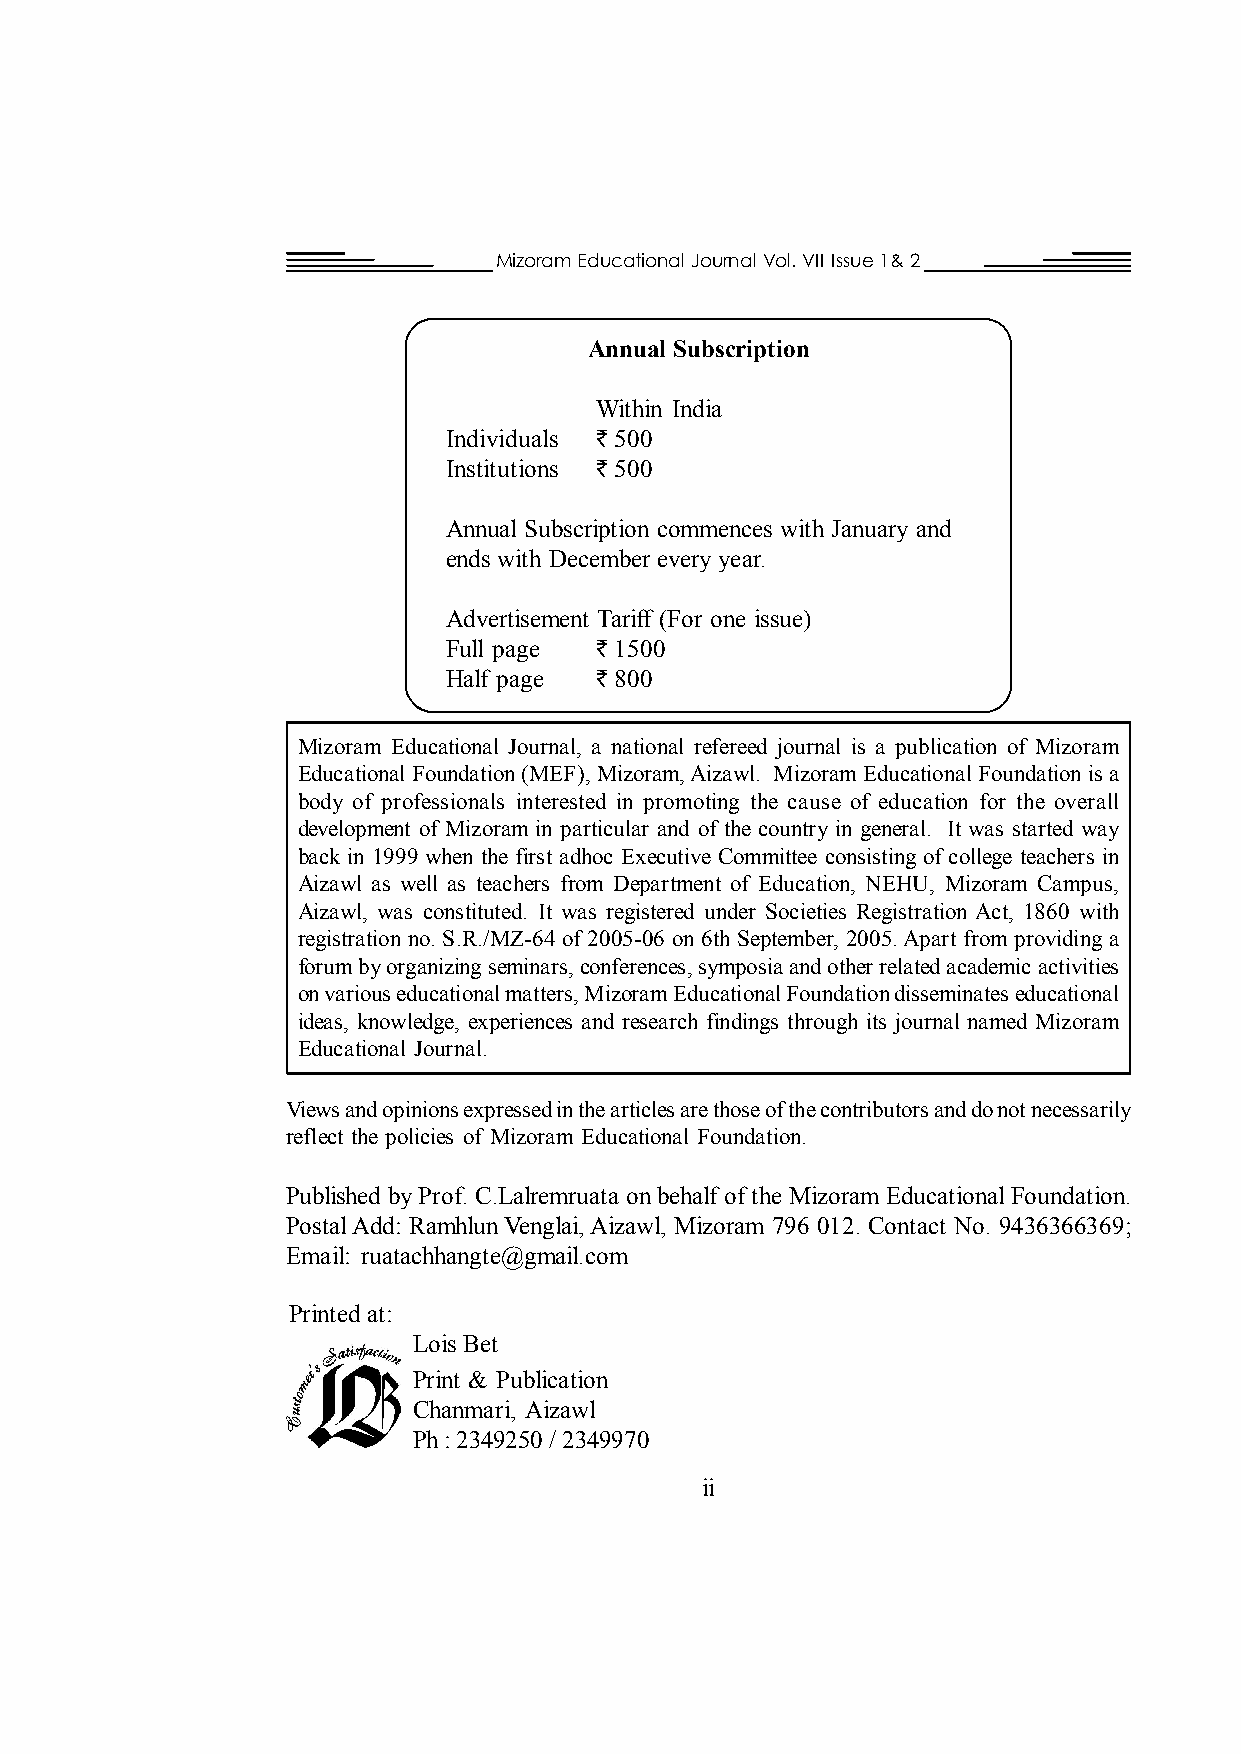
Mizoram Educational Journal Vol. VII Issue 1& 2
 Annual Subscription
 Within India
 Individuals ` 500
 Institutions ` 500
 Annual Subscription commences with January and
 ends with December every year.
 Advertisement Tariff (For one issue)
 Full page ` 1500
 Half page ` 800
 Mizoram Educational Journal, a national refereed journal is a publication of Mizoram
 Educational Foundation (MEF), Mizoram, Aizawl. Mizoram Educational Foundation is a
 body of professionals interested in promoting the cause of education for the overall
 development of Mizoram in particular and of the country in general. It was started way
 back in 1999 when the first adhoc Executive Committee consisting of college teachers in
 Aizawl as well as teachers from Department of Education, NEHU, Mizoram Campus,
 Aizawl, was constituted. It was registered under Societies Registration Act, 1860 with
 registration no. S.R./MZ-64 of 2005-06 on 6th September, 2005. Apart from providing a
 forum by organizing seminars, conferences, symposia and other related academic activities
 on various educational matters, Mizoram Educational Foundation disseminates educational
 ideas, knowledge, experiences and research findings through its journal named Mizoram
 Educational Journal.
 Views and opinions expressed in the articles are those of the contributors and do not necessarily
 reflect the policies of Mizoram Educational Foundation.
 Published by Prof. C.Lalremruata on behalf of the Mizoram Educational Foundation.
 Postal Add: Ramhlun Venglai, Aizawl, Mizoram 796 012. Contact No. 9436366369;
 Email: ruatachhangte@gmail.com
 Printed at:
 Lois Bet
 Print & Publication
 Chanmari, Aizawl
 Ph : 2349250 / 2349970
 ii